Annual report on the mental hospital in the Central Provinces and Berar (Nagpur) - 1927-1951
Year: 1927
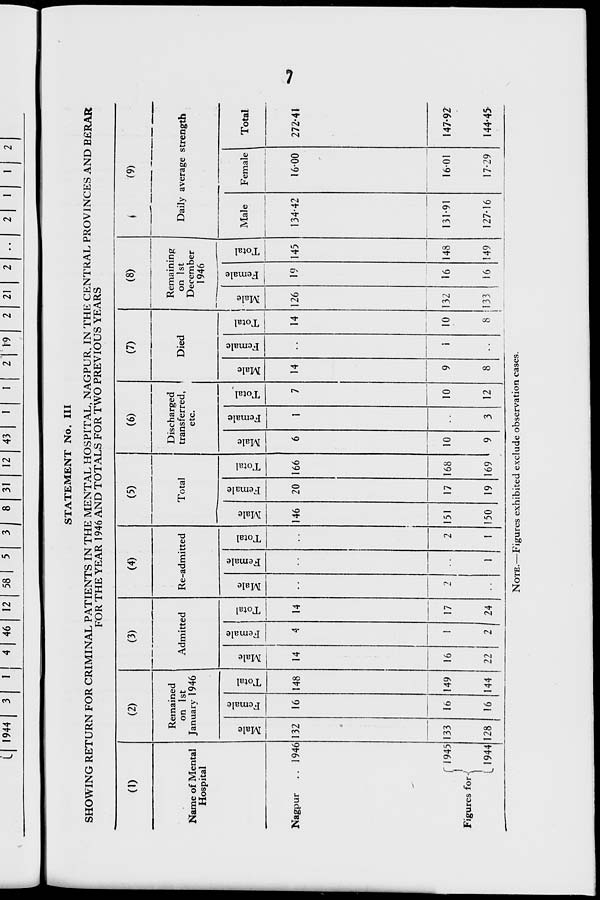
U 1944
3
I
4 46 12 58
5
3
8 31
12 43
1
1
2 19
2 21
2
1
STATEMENT No. Ill
SHOWING RETURN FOR CRIMINAL PATIENTS IN THE MENTAL HOSPITAL, NAGPUR. IN THE CENTRAL PROVINCES AND BfiRAR
FOR THE YEAR 1946 AND TOTALS FOR TWO PREVIOUS YEARS
(1)
(2)
A«
(3)
(4)
(5)
(6)
(7)
(8)
<
(9)
Name of Mental
Hospital
Remained
on 1st
January 1946
dmitted
Re-admitted
Total
Discharged
transferred,
etc.
Died
Remaining
on 1st
December
1946
Daily average strength
4>
13
132
4
133
128
(
4)
B o
fa
16
16
16
"3 *-»
o
H
148
149
144
0)
"3
14
16
22
1
0)
fa
4
1
2
■♦->
o
h
14
17
24
"3
S u
fa
*3
+->
O
13
146
151
150
cs
B
fa
20
■£-»
O
h
166
"3
6
"33
u
fa
1
"3
4->
O
H
7
10
12
*c3
14
9
8
"3
s
fa
i
-3 +->
o
h
14
10
8
!
i
*3
2
126
132
133
"3
1
fa
19
16
16
"3
+->
o
h
145
148
149
Male
134-42
131-91
127-16
Female
Total
Nagpur .. 1946
2
16-00
1601
17-29
272-41
f 1945
i
Figures for-<
L 1944
1
2
1
17
19
168
169
10
9
3
147-92
144-45-
NOTE.—Figures exhibited exclude observation cases.